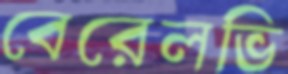
বেরেলভি